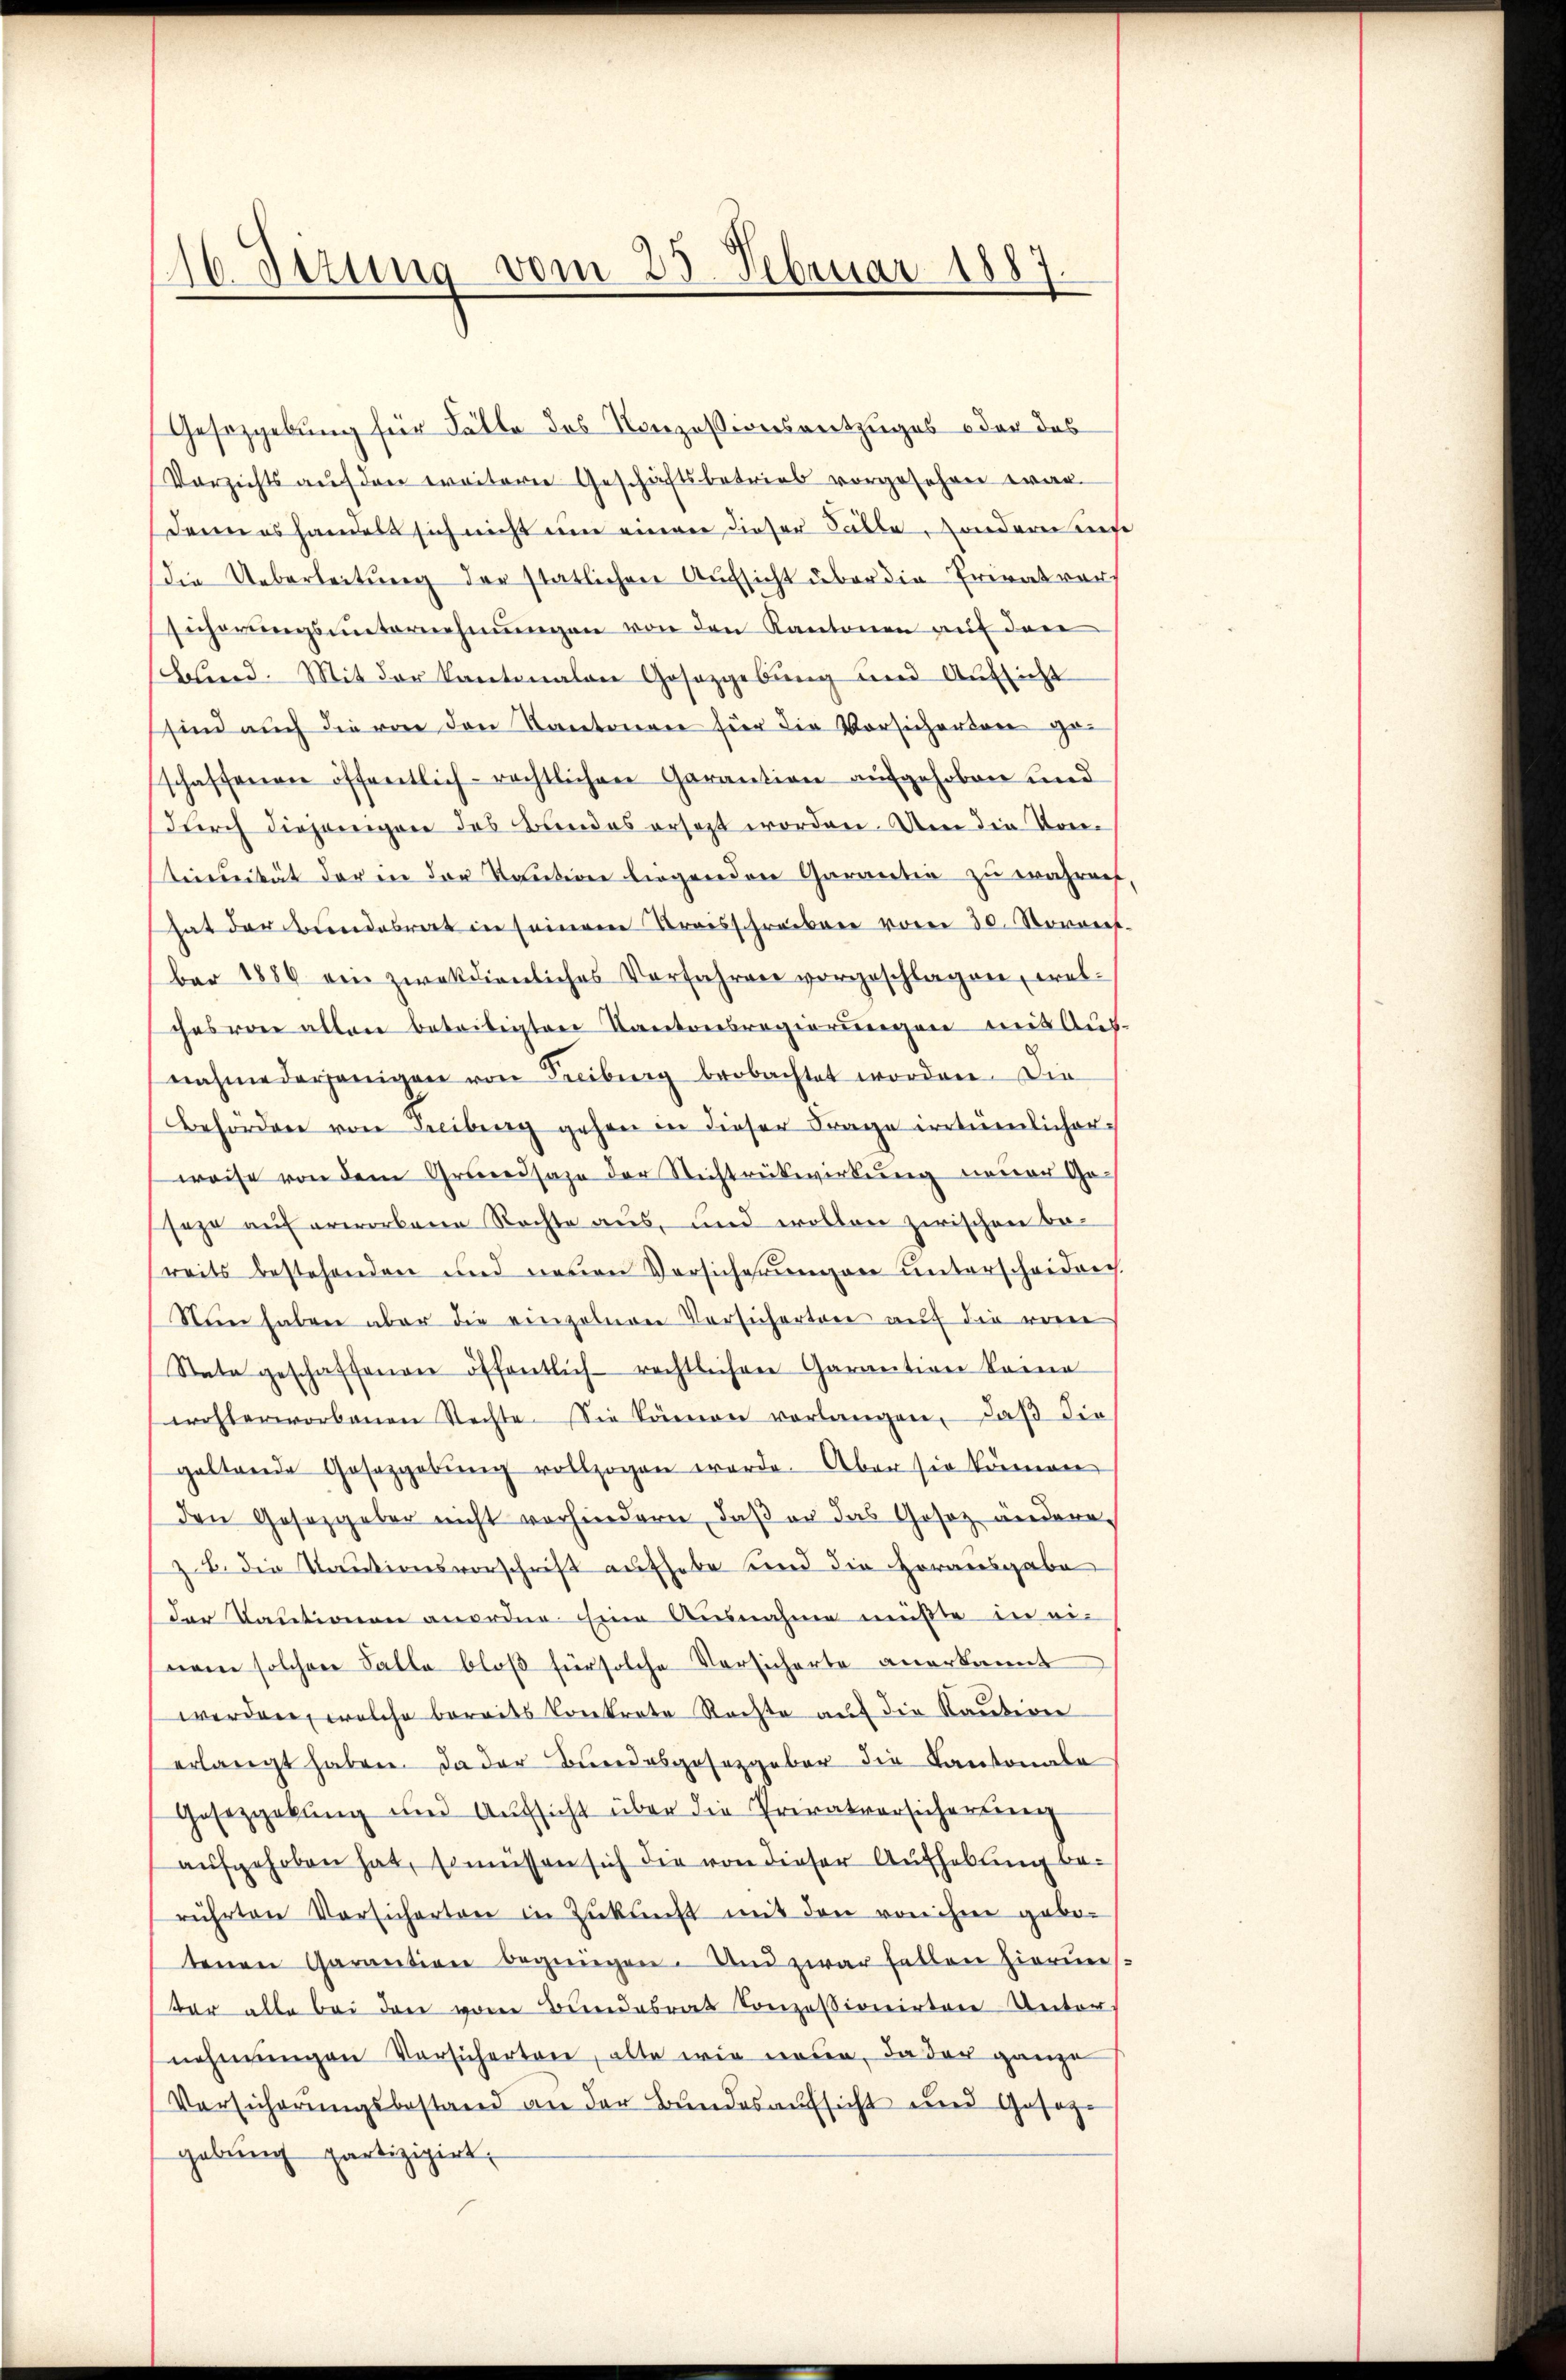
16. Jezung vom 23. Februar 1887

Gesetzgebung für Fälle des Konzessionsentzuges oder das
Verzichts auf den weiterer Geschäftsbetrieb vorgesehen war.
Denn es handels sich nicht eine einer dieser Fälle sonderen diese
die Ueberleitung der statlichen Aufsicht über die Erwätvers
führungsunternehmungen von den Kantonen auf den
Wind. Mit der Kantonalen Gosazgebung und Aufsicht
sind auch die von den Kantonen für die Vorsichenten geschaffenen öffentlich-rechtlichen Garantion aufgehoben und
durch diejenigere des Bundes ersetzt worden. Um die Kon-
Stirnität der in der Kaution liegenden Garantia zu währen
hat der Beendesrat in seinem Kreisschreiben vom 30. Vorort.
ber 1886 ein zweckdienliches Verfahren vorgeschlagen, welches von allen beteiligten Kantonsregierungen mit Aus-
nahme derjenigen von Freiburg beobachtet worden. Die
Behörden von Freiburg gehen in dieser Frage irrtümlicher-
weise von dem Grundsaze der Stichtrükwirkung neuer Ge-
seze auf erworbene Rechte aus, und wollen zwischen bereits bestehenden und neuen Versicherŭngen unterscheiden.
Nun haben aber die einzelnen Versicherten auf die vorne
Stata geschaffenen öffentlich-rechtlichen Garantion keine
erchterworbenen Rechte. Sie kämen verlangen, daß die
geltende Gesazgabŭng vollzogen werde. Aber sie können
den Gesetzgeber nicht vorhindern, daß er das Gesez ändere
z.B. die Kautionsvorschrift aufhabe sind die Horausgabe
der Kautionen anordne. Eine Ausnahme müßte in eiwem solchen Falle bloß für solche Versicherte anerkannt
werden, welche bereits Contrete Rechte auf die Kaution
erlangt haben. Da der Bundesgesetzgeber die Kantonale
Gesetzgebung und Aufsicht über die Privatversicherung
aufgehoben hat, Er müssen sich die von dieser Aufhebung berührten Vorsicherten in Zŭkŭnft mit den von ihme gebo-
tenen Garantion begnügen. Und zwar fallen hierun
bar alle bei den vom Bundesrat Konzessionirten Unter-
nehmungen Versicherteie, alte wie nieden, da der ganze
Versicherungsbestand an der Bundesaufsicht und Gesetze
gebung partizigirt.